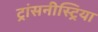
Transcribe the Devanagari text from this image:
ट्रांसनीस्ट्रिया